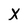
Character: X